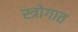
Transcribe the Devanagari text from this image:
स्त्रोगात